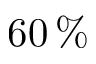
6 0 \, \%